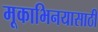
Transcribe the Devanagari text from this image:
मूकाभिनयासाठी